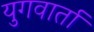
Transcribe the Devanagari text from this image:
युगवार्ता